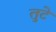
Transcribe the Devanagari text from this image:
तुटे